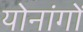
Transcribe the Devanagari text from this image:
योनांगों